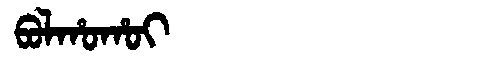
Manchu: ᠪᠣᠯᡥᠣᡥᠣᡳ
Romanization: BOLHOHOI